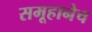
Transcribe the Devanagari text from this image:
समूहानेच